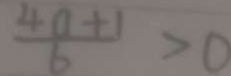
\frac { 4 a + 1 } { 6 } > 0